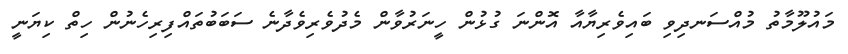
މައުލޫމާތު މުއްސަނދިވި ބައިވެރިޔާއާ އޮންނަ ގުޅުން ހީނަރުވާން މެދުވެރިވެދާނެ ސަބަބުތައްފިރިހެނުން ހިތް ކިޔަނީ